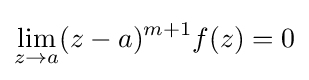
\lim _{z\rightarrow a}(z-a)^{m+1}f(z)=0